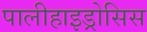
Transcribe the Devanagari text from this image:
पालीहाइड्रोसिस